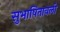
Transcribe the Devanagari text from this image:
सुभाषितावली